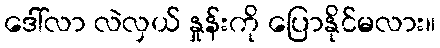
ဒေါ်လာ လဲလှယ် နှုန်းကို ပြောနိုင်မလား။